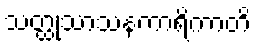
သတ္ထုသာသနကာရိကာတိ